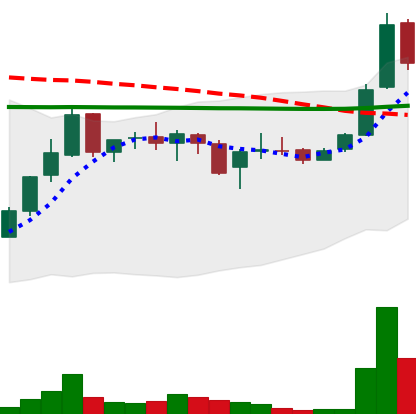
Ticker: LINK-USD
Chart end date: 2019-01-05
Forward return: -10.442%
Label: down_7plus